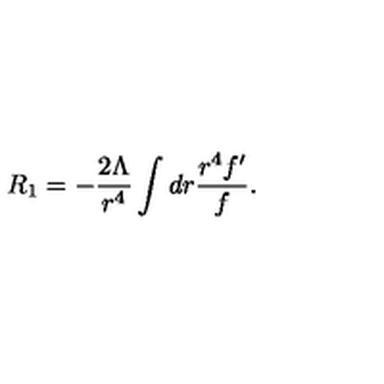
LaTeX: R _ { 1 } = - \frac { 2 \Lambda } { r ^ { 4 } } \int d r \frac { r ^ { 4 } f ^ { \prime } } { f } .